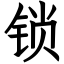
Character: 锁